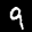
Label: 9